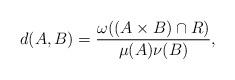
LaTeX: \begin{align*}d(A,B)=\frac{ \omega( (A\times B ) \cap R )}{\mu(A)\nu(B)},\end{align*}